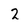
Character: 2